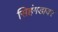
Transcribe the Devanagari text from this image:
सिहंगडावर